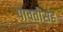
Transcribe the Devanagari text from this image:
पावतीसह